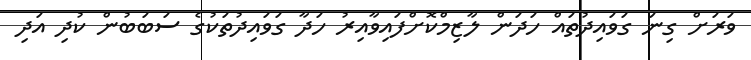
ވަރަށް ގިނަ ގަވައިދުތައް ހަދަން ލާޒިމްކޮށްފައިވާއިރު ހަދާ ގަވައިދުތަކުގެ ސަބަބުން ކުދި އަދި